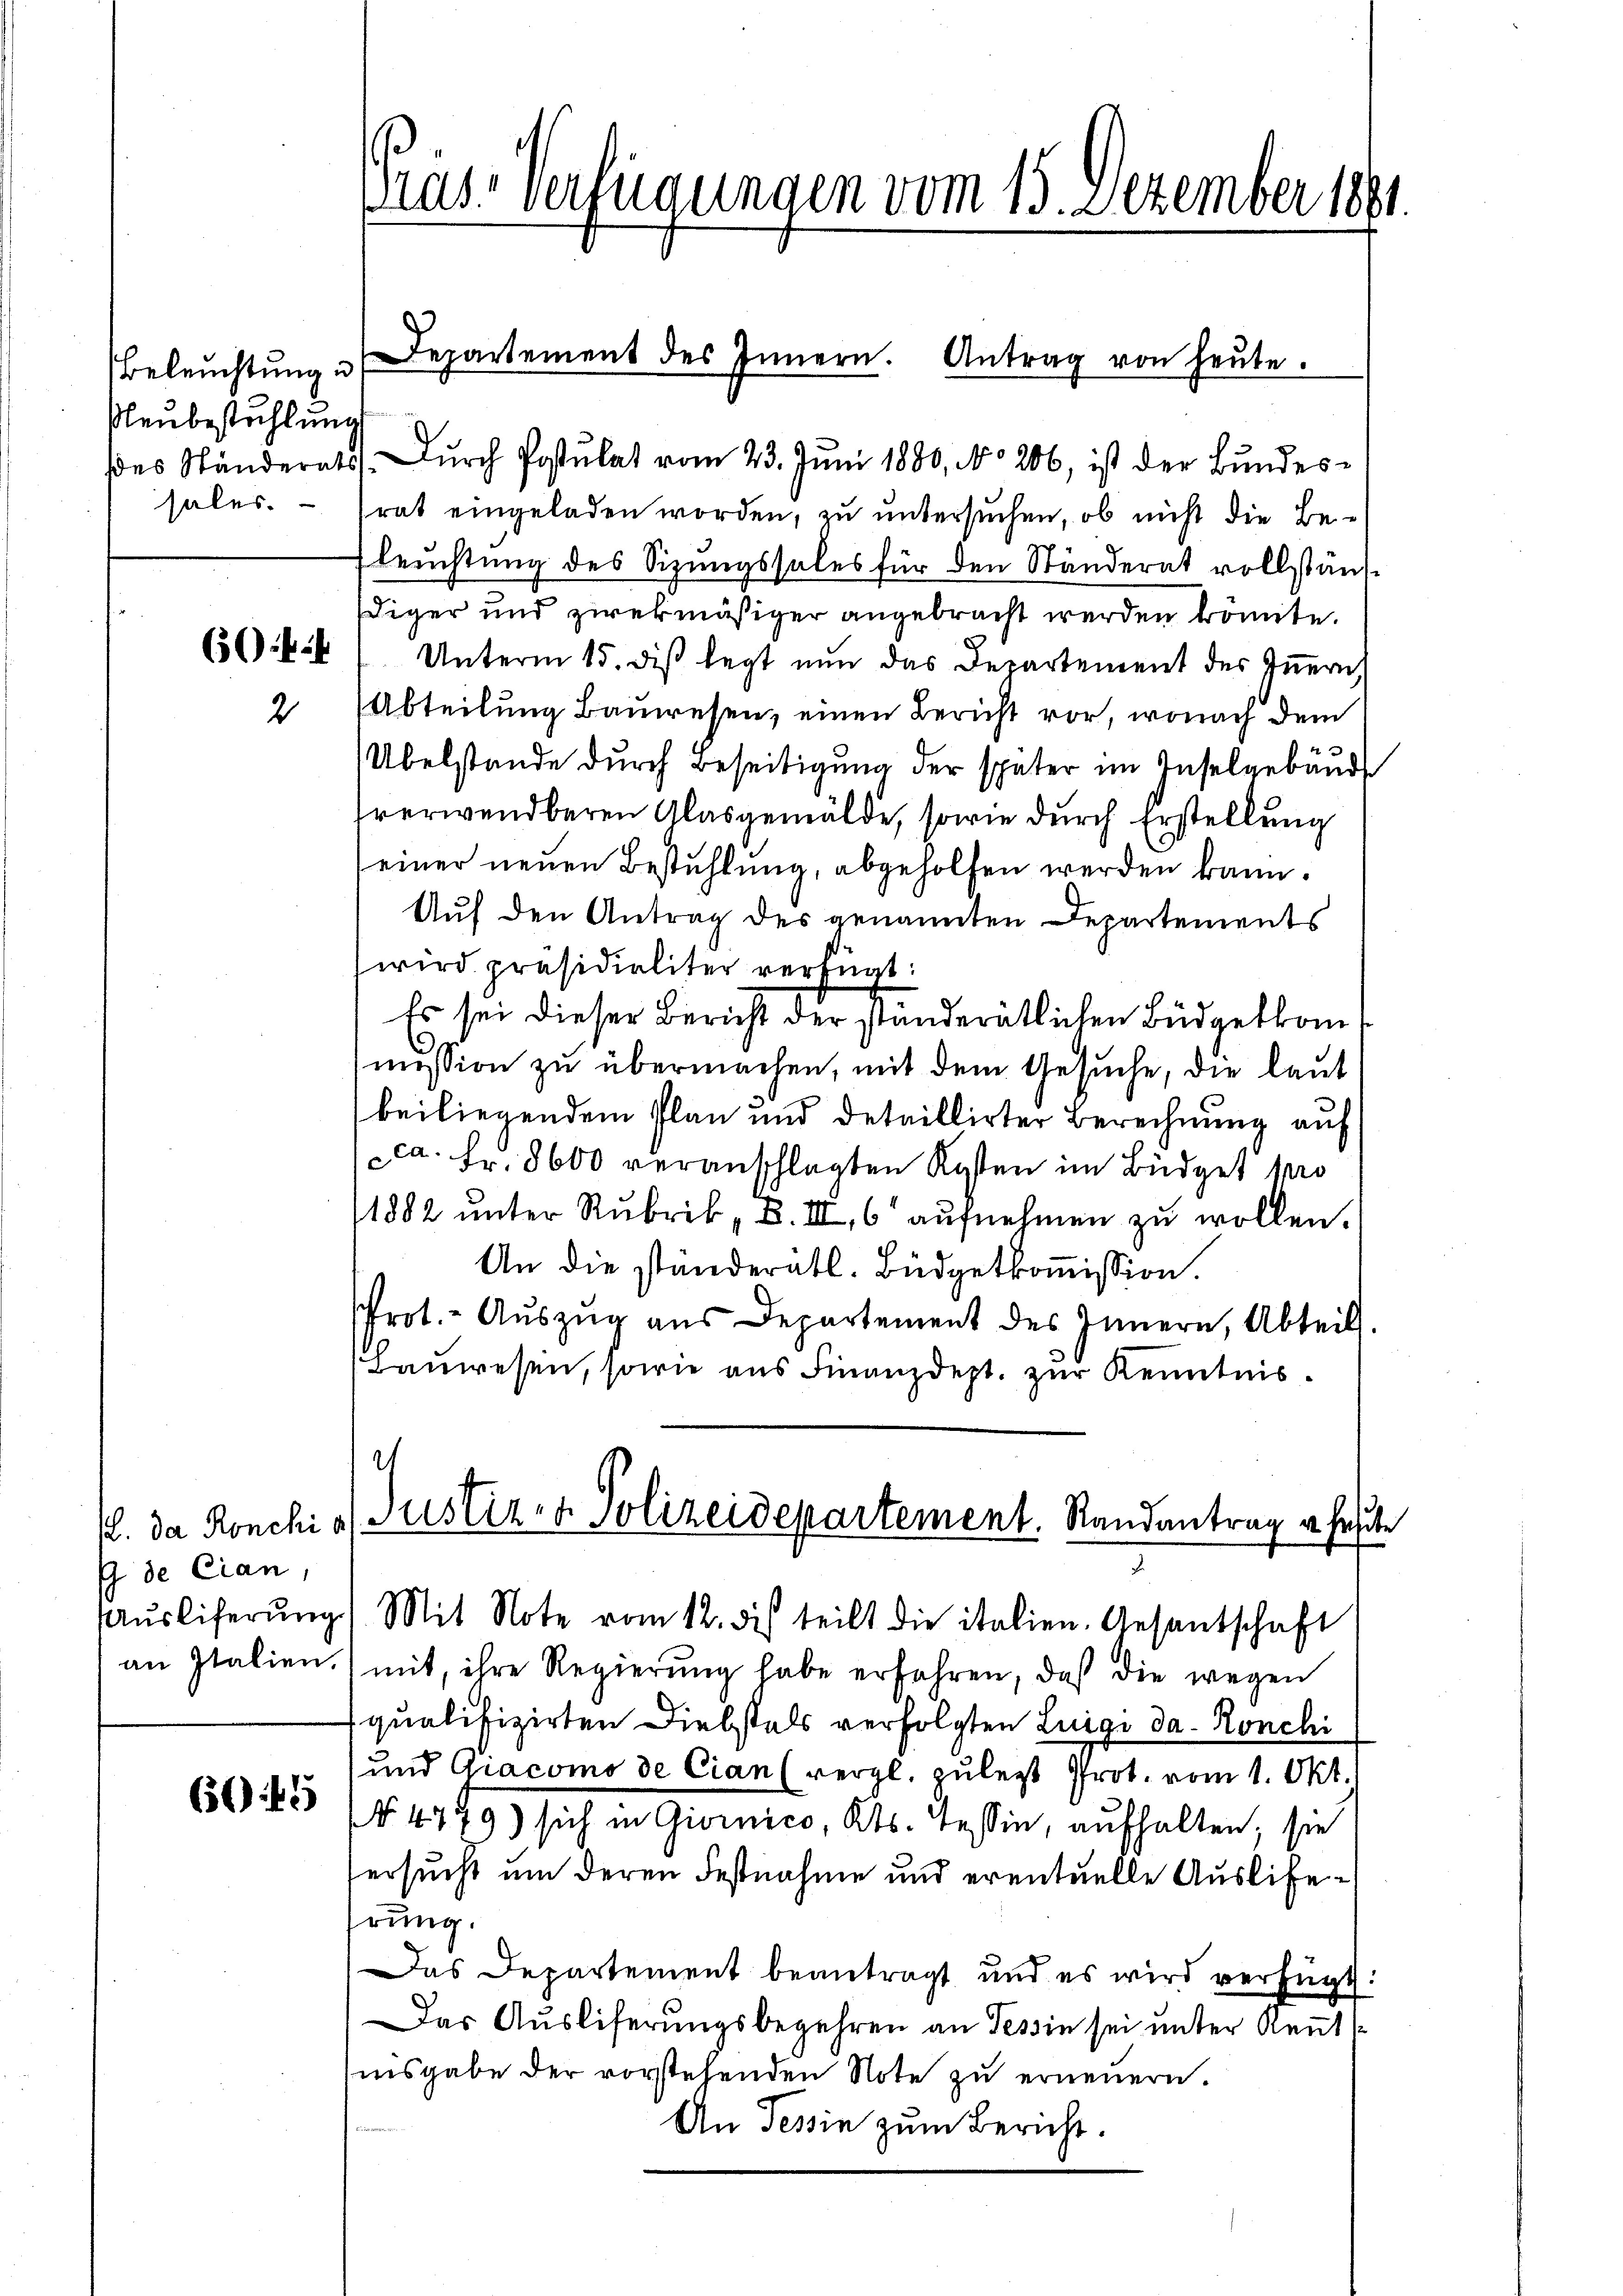
Beleuchtung u
Pleubestühlung

(44
2

G de Cian,
Ausliferung
an Italien.

6045

rast verfügungen vom 13. Dezember 1881.

des Ständerats. dŭrch Postulat vom 23. Jŭni 1880, No 206, ist der Bŭndes-
sales. - Trat eingeladen worden, zu untersuchen, ob nicht die Be¬
Fleuchtung des Sizungssales für den Ständerat vollständdiger und zwekmäßiger angebracht werden könnte.
Unterm 15. diβ legt nŭn das Departement des Iṅern
Abteilŭng Baŭwesen, einen Bericht vor, wonach dem
Übelstande durch Beseitigung der später im Inselgebäud
hverwendbaren Glasgemälde, sowie durch Erstellung
einer neuen Bestühlung, abgeholfen werden kann.
Auf den Antrag des genannten Departements
wird präsidialiter verfügt:
Es sei dieser Bericht der ständerätlichen Büdgetkom
mission zu übermachen, mit dem Gesuche, die laut
beiliegendem Plan und detaillirter Berechnung auf
ca. Fr. 8600 veranschlagten Kosten im Büdget pro
1882 unter Rubrik „B. III 6 aufnehmen zu wollen.
An die ständerätl. Büdgetkoṁission.
Prot. - Aŭszŭg aŭs Departement des Innern, Abteilt.
Bauwesen, sowie aus Finanzdept. zur Kenntnis¬
1. da Ronchis Justiz- & Polizeidepartement. Randantrag u. heute
Mit Note vom 12. des teilt die italien. Gesantschaft
mit, ihre Regierung habe erfahren, daß die wegen
qualifizirten Diebstals verfolgten Luigi da- Ronchi
und Giacomo de Cian (vergl. zu legt Prot. vom 1. Okt.
No. 4779) sich in Giornico, Kts. Tessin, aufhalten; sie
ersucht um deren Festnahme und eventuelle Ausliehrung.
Das Departement beantragt und es wird verfügt:
Das Auslieferungsbegehren an Tessin sei unter Rentnisgabe der vorstehenden Note zu erneuern.
An Tessin zum Bericht.

Departement des Innern. Antrag von heŭte.